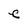
Character: e